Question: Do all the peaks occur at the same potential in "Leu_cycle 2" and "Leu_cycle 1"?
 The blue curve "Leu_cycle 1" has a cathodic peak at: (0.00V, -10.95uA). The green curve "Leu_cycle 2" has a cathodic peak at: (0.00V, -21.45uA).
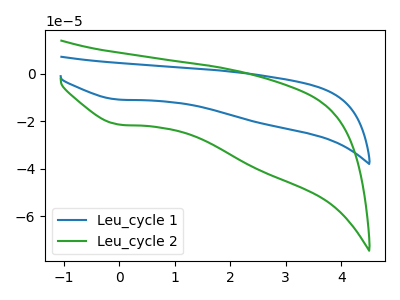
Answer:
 <answer>Yes, "Leu_cycle 2" have a peak in "Leu_cycle 1" at the same potential.</answer>
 <eval>match</eval>